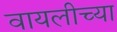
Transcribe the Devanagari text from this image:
वायलीच्या